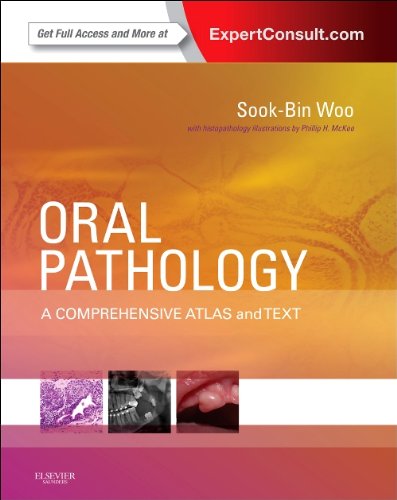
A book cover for Oral Pathology: A Comprehensive Atlas and Text (Expert Consult - Online and Print), 1e; Sook-Bin Woo DMD  MMSc; Medical Books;